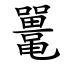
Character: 鼍